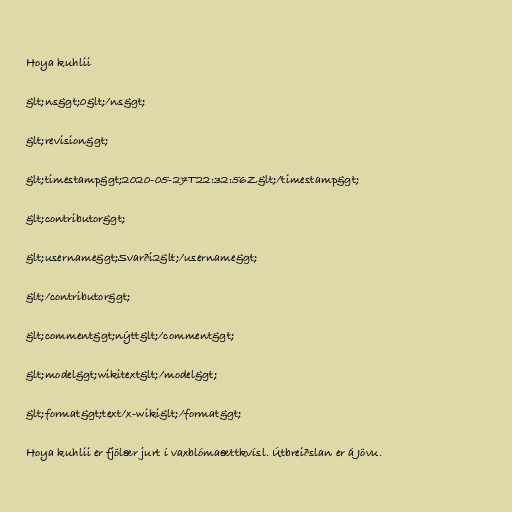
Hoya kuhlii

&lt;ns&gt;0&lt;/ns&gt;

&lt;revision&gt;

&lt;timestamp&gt;2020-05-27T22:32:56Z&lt;/timestamp&gt;

&lt;contributor&gt;

&lt;username&gt;Svarði2&lt;/username&gt;

&lt;/contributor&gt;

&lt;comment&gt;nýtt&lt;/comment&gt;

&lt;model&gt;wikitext&lt;/model&gt;

&lt;format&gt;text/x-wiki&lt;/format&gt;

Hoya kuhlii er fjölær jurt í vaxblómaættkvísl. Útbreiðslan er á Jövu.